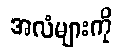
အလံများကို